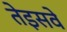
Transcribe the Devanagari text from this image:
तेइसवे